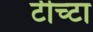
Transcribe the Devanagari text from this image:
टीच्टा